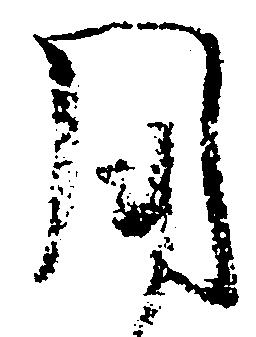
用